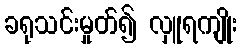
ခရုသင်းမှုတ်၍ လှူရကျိုး